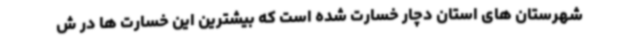
شهرستان های استان دچار خسارت شده است که بیشترین این خسارت ها در ش